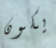
يكون